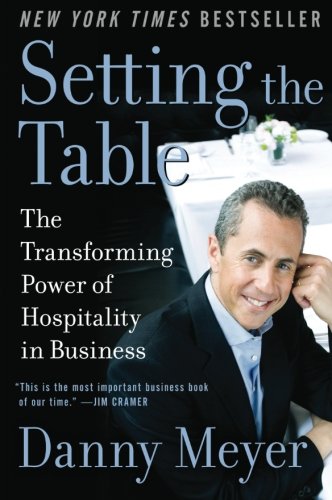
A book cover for Setting the Table: The Transforming Power of Hospitality in Business; Danny Meyer; Business & Money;